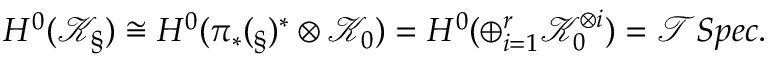
H ^ { 0 } ( \mathcal { K } _ { \S } ) \cong H ^ { 0 } ( \pi _ { * } ( \O _ { \S } ) ^ { * } \otimes \mathcal { K } _ { 0 } ) = H ^ { 0 } ( \oplus _ { i = 1 } ^ { r } \mathcal { K } _ { 0 } ^ { \otimes i } ) = \mathcal { T } S p e c .